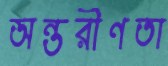
অন্তরীণতা